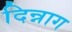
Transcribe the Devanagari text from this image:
दिन्नाग